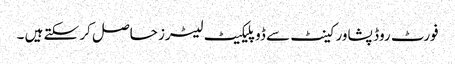
فورٹ روڈ پشاور کینٹ سے ڈوپلیکیٹ لیٹرز حاصل کر سکتے ہیں ۔